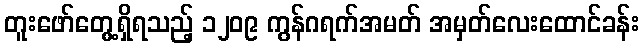
တူးဖော်တွေ့ရှိရသည့် ၁၂၀၉ ကွန်ဂရက်အမတ် အမှတ်လေးထောင်ခန်း